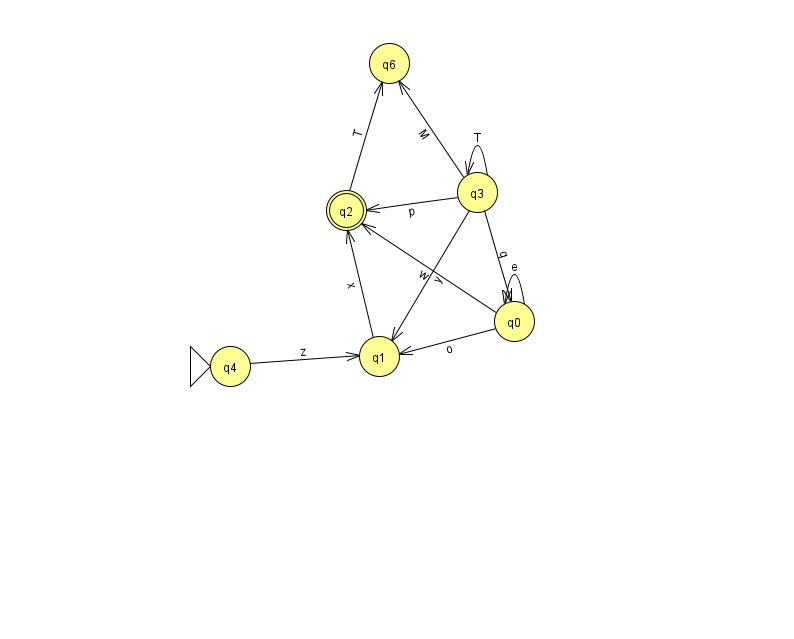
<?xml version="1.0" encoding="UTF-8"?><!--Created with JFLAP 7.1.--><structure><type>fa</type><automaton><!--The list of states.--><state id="0" name="q0"><x>514.0</x><y>308.0</y></state><state id="1" name="q1"><x>379.0</x><y>343.0</y></state><state id="2" name="q2"><x>346.0</x><y>197.0</y><final/></state><state id="3" name="q3"><x>477.0</x><y>179.0</y></state><state id="4" name="q4"><x>230.0</x><y>353.0</y><initial/></state><state id="6" name="q6"><x>389.0</x><y>50.0</y></state><!--The list of transitions.--><transition><from>2</from><to>6</to><read>T</read></transition><transition><from>3</from><to>2</to><read>p</read></transition><transition><from>3</from><to>3</to><read>T</read></transition><transition><from>0</from><to>0</to><read>e</read></transition><transition><from>3</from><to>1</to><read>y</read></transition><transition><from>1</from><to>2</to><read>x</read></transition><transition><from>4</from><to>1</to><read>z</read></transition><transition><from>3</from><to>6</to><read>M</read></transition><transition><from>0</from><to>1</to><read>o</read></transition><transition><from>3</from><to>0</to><read>q</read></transition><transition><from>0</from><to>2</to><read>w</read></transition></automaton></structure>